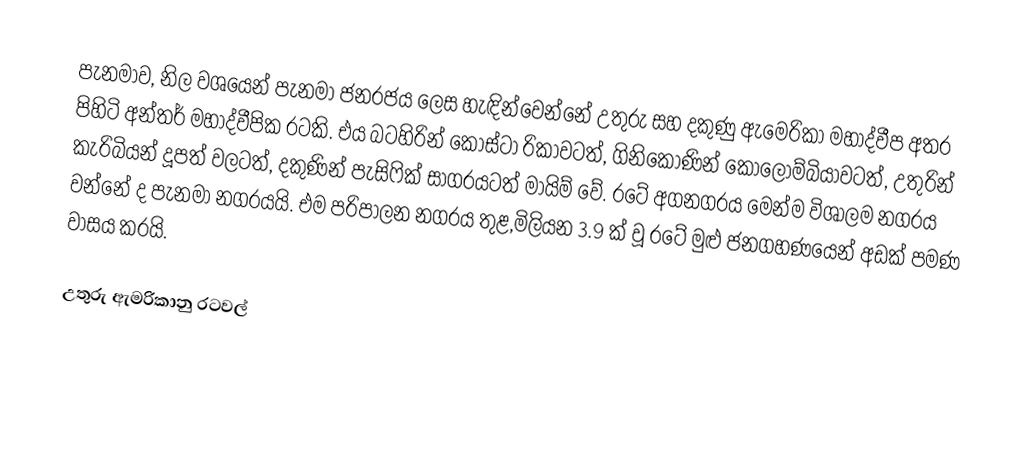
පැනමාව, නිල වශයෙන් පැනමා ජනරජය ලෙස හැඳින්වෙන්නේ උතුරු සහ දකුණු ඇමෙරිකා මහාද්වීප අතර පිහිටි අන්තර් මහාද්වීපික රටකි. එය බටහිරින් කොස්ටා රිකාවටත්, ගිනිකොණින් කොලොම්බියාවටත්, උතුරින් කැරිබියන් දූපත් වලටත්, දකුණින් පැසිෆික් සාගරයටත් මායිම් වේ. රටේ අගනගරය මෙන්ම විශාලම නගරය වන්නේ ද පැනමා නගරයයි. එම පරිපාලන නගරය තුළ,මිලියන 3.9 ක් වූ රටේ මුළු ජනගහණයෙන් අඩක් පමණ වාසය කරයි.

උතුරු ඇමරිකානු රටවල්